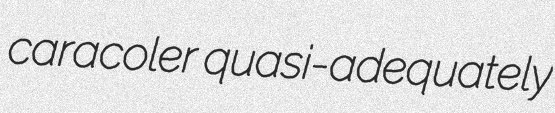
caracoler quasi-adequately